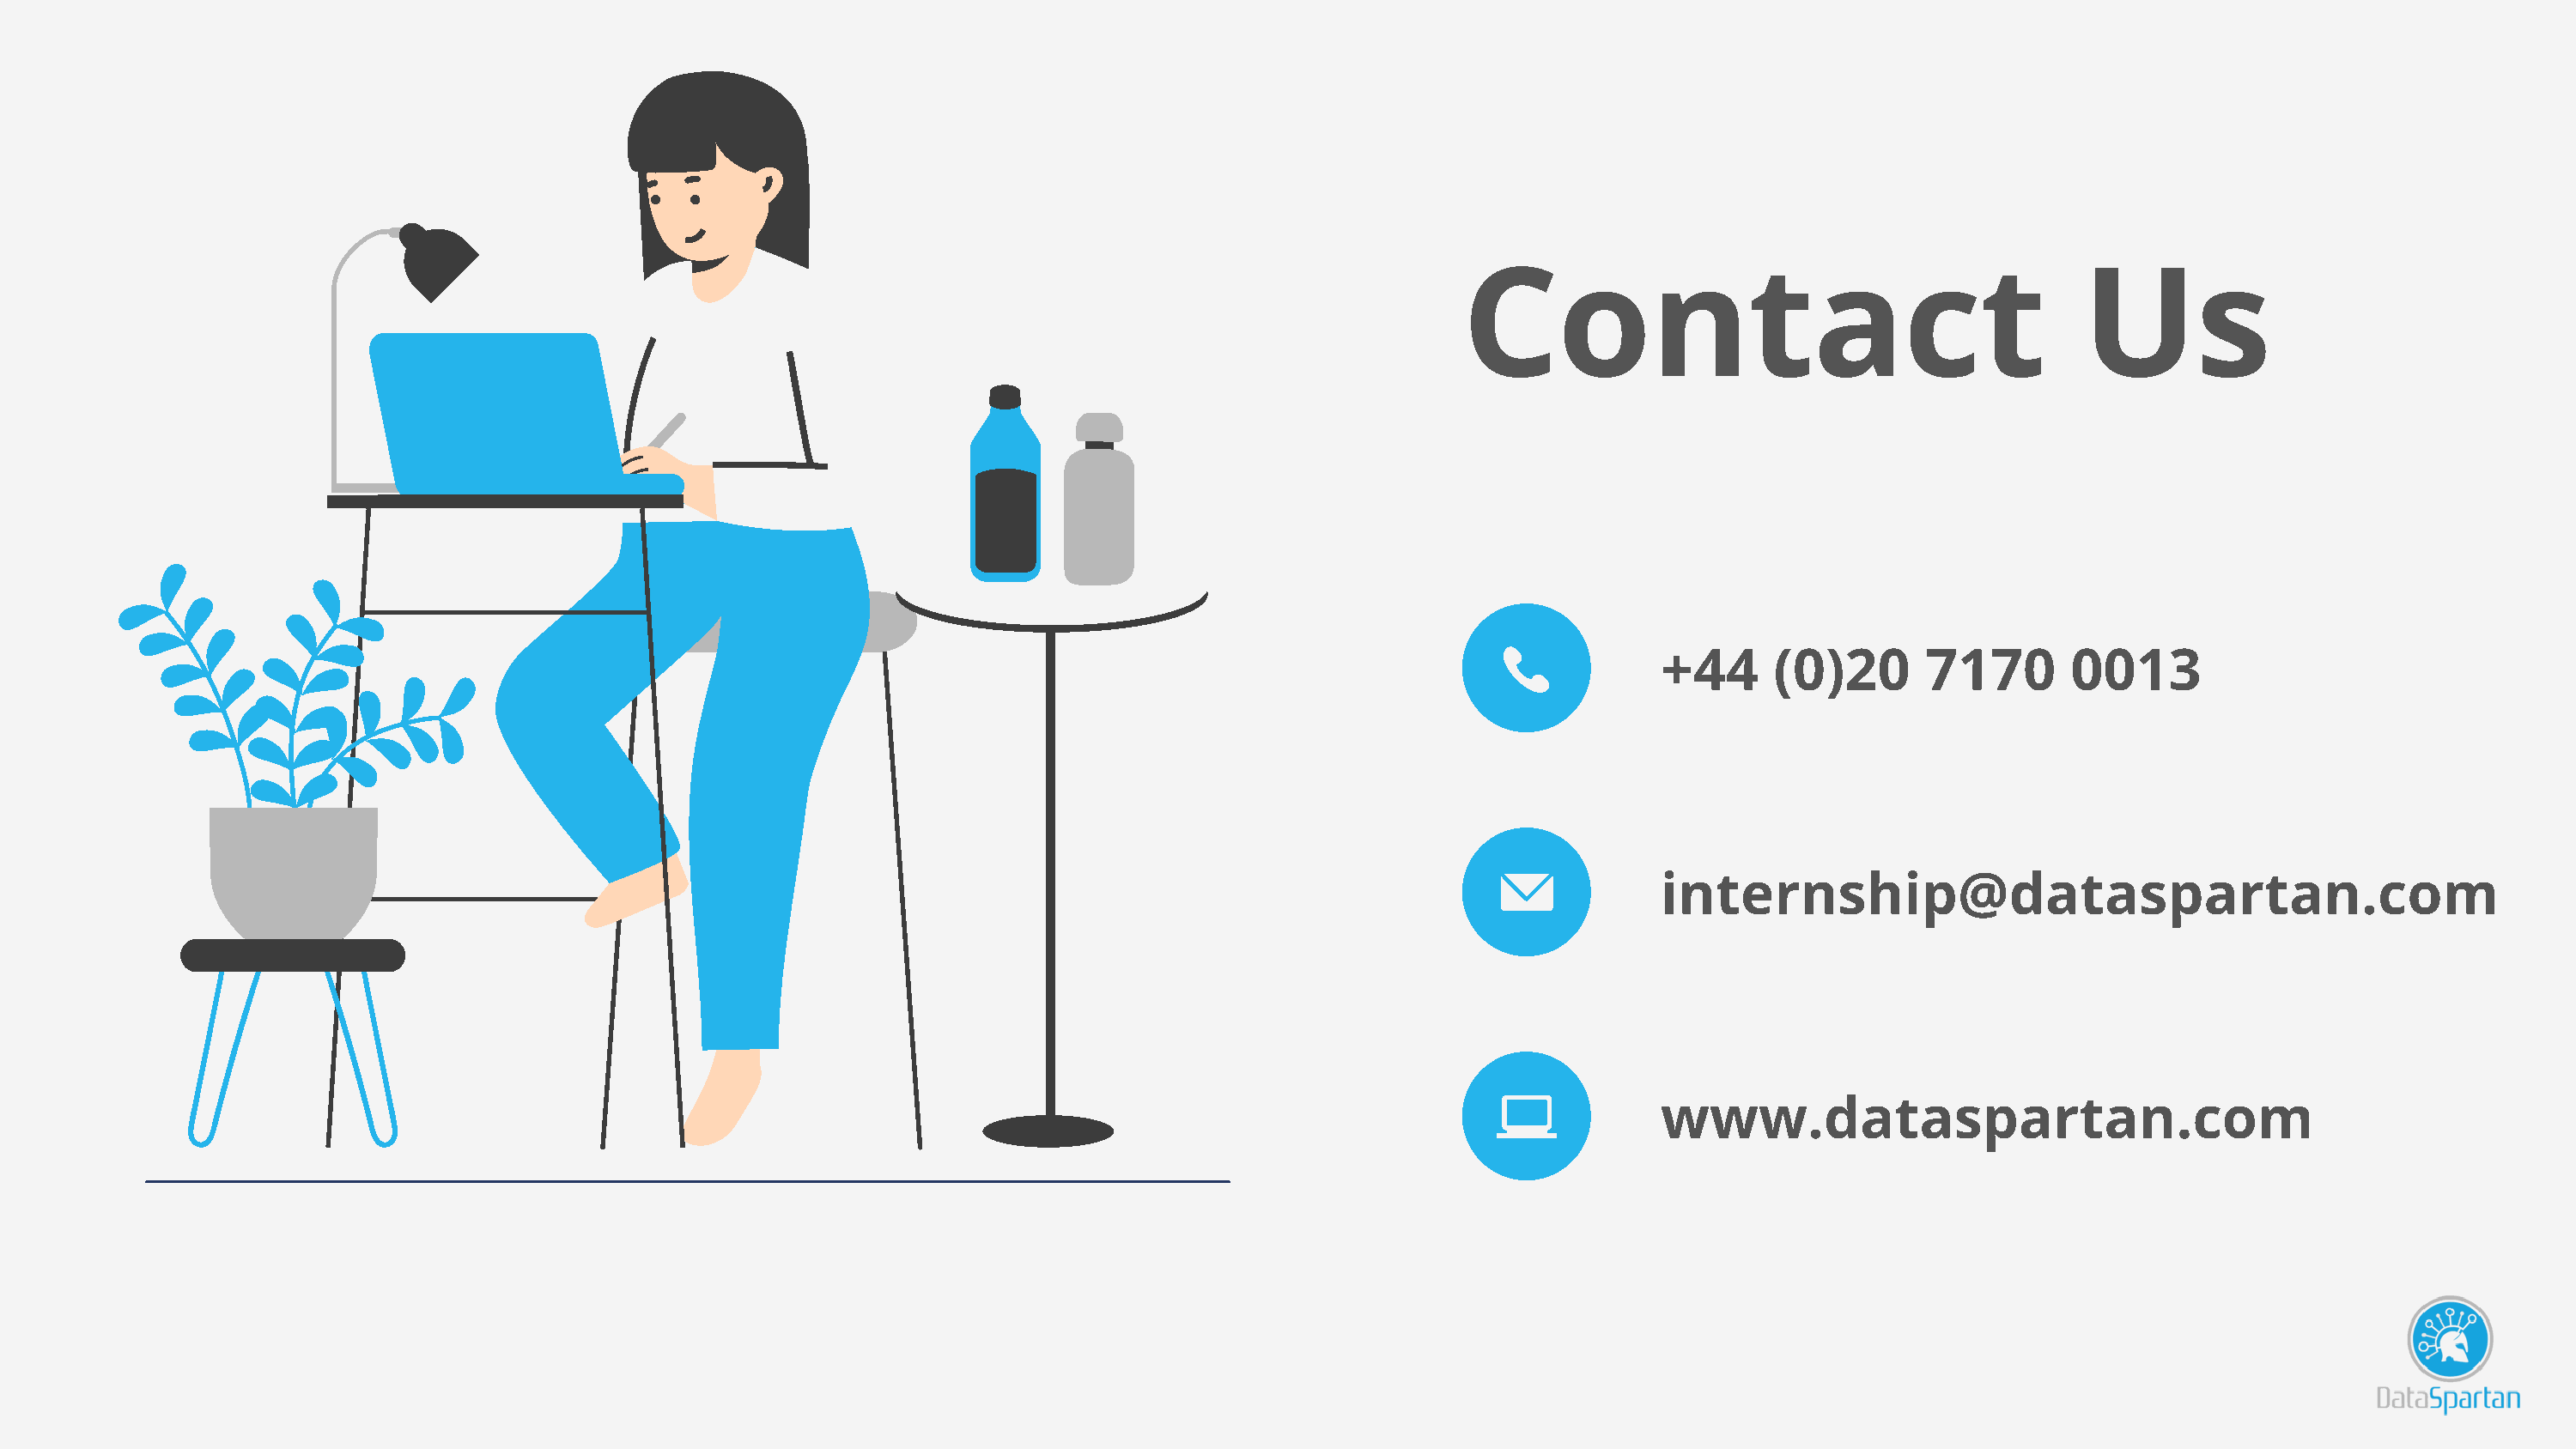
Contact                                         Us
 +44      (0)20      7170        0013
 internship@dataspartan.com
 www.dataspartan.com